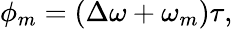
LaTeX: \phi_{m}=\left(\Delta\omega+\omega_{m}\right)\tau,